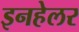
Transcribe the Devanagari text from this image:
इनहेलर